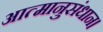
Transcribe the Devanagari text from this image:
आत्मानुसंधान।